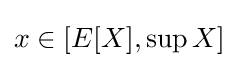
x\in [E[X],\sup X]